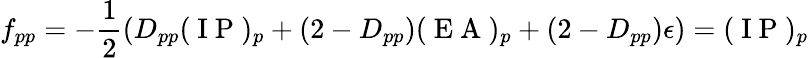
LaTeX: f_{pp}=-\frac{1}{2}\left(D_{pp}(\mathrm{~I~P~})_{p}+(2-D_{pp})(\mathrm{~E~A~})_{p}+(2-D_{pp})\epsilon\right)=(\mathrm{~I~P~})_{p}